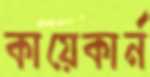
কায়েকার্ন